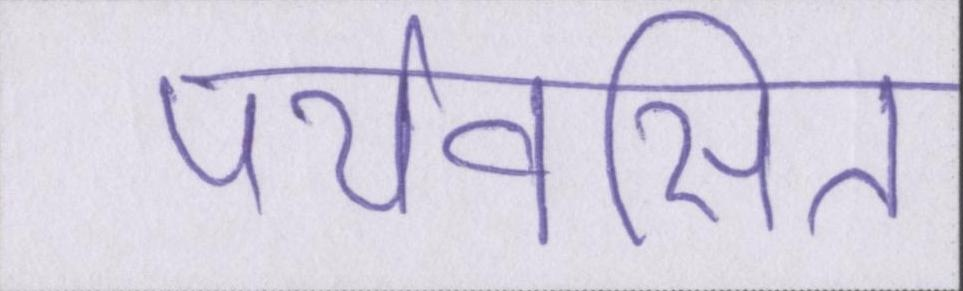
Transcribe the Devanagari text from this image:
पर्यवसित